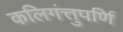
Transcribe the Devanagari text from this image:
कलिगंत्तुपर्णि